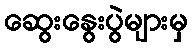
ဆွေးနွေးပွဲများမှ